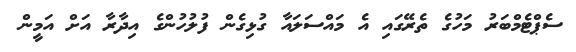
ސެޕްޓެމްބަރު މަހުގެ ތެރޭގައި އެ މައްސަލައާ ގުޅިގެން ފުލުހުންގެ އިދާރާ އަށް އަމީން